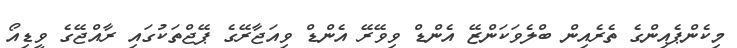
މިކެންޕެއިންގެ ތެރެއިން ބްލެވަކަންޒޭ އެންޑް ވިވޭރޭ އެންޑް ވިއަޖާރޭގެ ޕޭޖްތަކުގައި ރާއްޖޭގެ ވީޑިއޯ